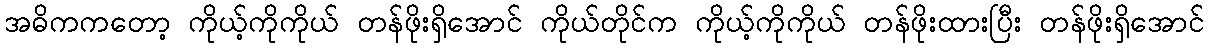
အဓိကကတော့ ကိုယ့်ကိုကိုယ် တန်ဖိုးရှိအောင် ကိုယ်တိုင်က ကိုယ့်ကိုကိုယ် တန်ဖိုးထားပြီး တန်ဖိုးရှိအောင်